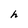
Character: h